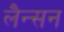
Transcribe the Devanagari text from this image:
लैन्सन